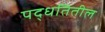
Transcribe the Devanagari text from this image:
पद्धतितील